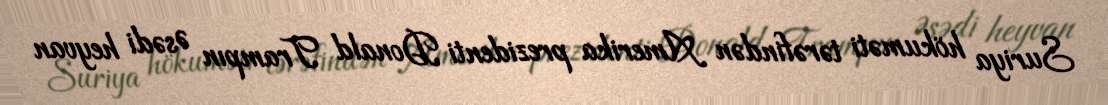
Suriya hökuməti tərəfindən Amerika prezidenti Donald Trampın Əsədi heyvan